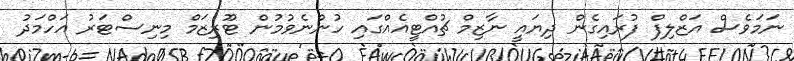
ނަމަވެސް އަޒްލިފް ފުރައިގެން ދިޔައީ ނާޒިމް ޗުއްޓީއެއްގައި ހުންނެވުމުން ޓޫރިޒަމް މިނިސްޓަރު އަހްމަދު